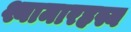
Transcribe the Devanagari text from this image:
श्यामारहस्य